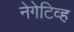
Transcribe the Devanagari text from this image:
नेगेटिव्ह